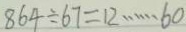
8 6 4 \div 6 7 = 1 2 \cdots 6 0